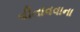
વીતાવવાના